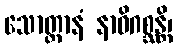
သောတ္ထာနံ နာဓိဂစ္ဆန္တိ၊